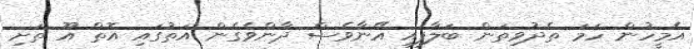
އެމީހުން ހަމަ ތެދުވިތަން ބަލާފައި އޭނާވެސް ދާންވެގެން އަތުގައި އޮތް އޫ ތަށި